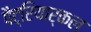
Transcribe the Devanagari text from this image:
पैट्रियार्कल